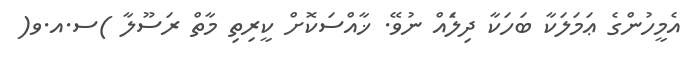
އެމީހުންގެ ޢަމަލަކާ ބަހަކާ ދިލަެއް ނުވޭ. ޚާއްސަކޮށް ކީރިތި މާތް ރަސޫލާ )ސ.އ.ވ(